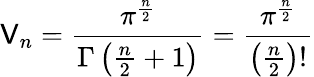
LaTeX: \mathsf{V}_{n}={\frac{{\pi^{\frac{{n}}{{2}}}}}{{\Gamma\left({\frac{{n}}{{2}}}+1\right)}}}={\frac{{\pi^{\frac{{n}}{{2}}}}}{{\left({\frac{{n}}{{2}}}\right)!}}}